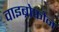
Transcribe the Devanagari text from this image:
वाइब्रोफोन